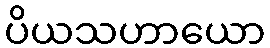
ပိယသဟာယော